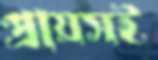
প্রায়সই